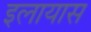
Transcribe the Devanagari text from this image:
इलायास